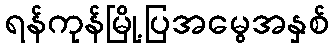
ရန်ကုန်မြို့ပြအမွေအနှစ်